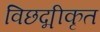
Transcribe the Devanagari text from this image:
विछद्मीकृत